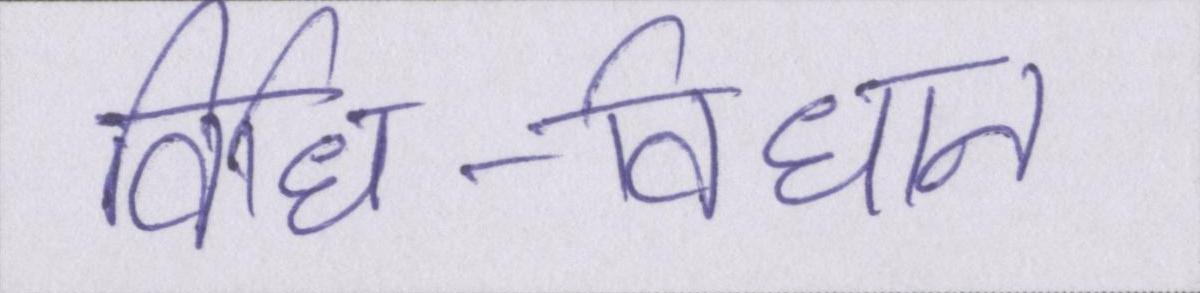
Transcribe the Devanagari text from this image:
विधि-विधान